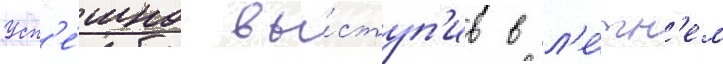
Усп'е́шно вы́ступ'ив в л'е́тн'ем